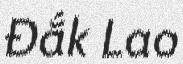
Đắk Lao